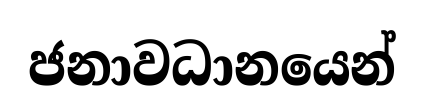
ජනාවධානයෙන්